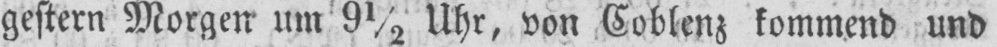
gestern Morgen um 9½ Uhr, von Coblenz kommend und